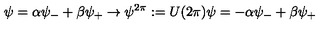
\psi = \alpha \psi _ { - } + \beta \psi _ { + } \rightarrow \psi ^ { 2 \pi } : = U ( 2 \pi ) \psi = - \alpha \psi _ { - } + \beta \psi _ { + }